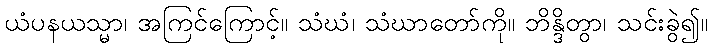
ယံပနယသ္မာ၊ အကြင်ကြောင့်။ သံဃံ၊ သံဃာတော်ကို။ ဘိန္ဒိတွာ၊ သင်းခွဲ၍။